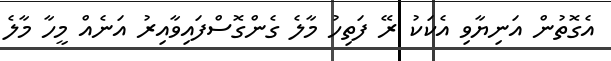
އެގޮތުން އަނިޔާވި އެކަކު ރޭ ފަތިހު މާލެ ގެންގޮސްފައިވާއިރު އަނެއް މީހާ މާލެ